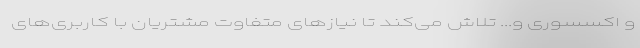
و اکسسوری و... تلاش می‌کند تا نیازهای متفاوت مشتریان با کاربری‌های